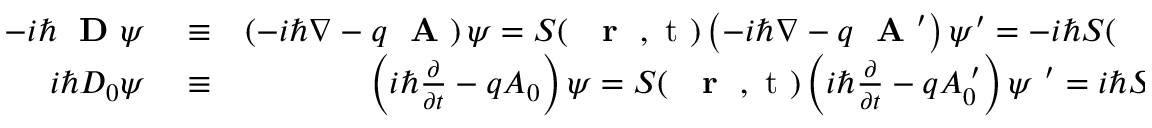
\begin{array} { r l r } { - i \hbar \mathrm { ~ \bf ~ D ~ } \psi } & { { } \equiv } & { \left( - i \hbar \nabla - q \mathrm { ~ \bf ~ A ~ } \right) \psi = S ( \mathrm { ~ { ~ \bf ~ r ~ } ~ , ~ t ~ } ) \left( - i \hbar \nabla - q \mathrm { ~ \bf ~ A ~ } ^ { \prime } \right) \psi ^ { \prime } = - i \hbar S ( \mathrm { ~ { ~ \bf ~ r ~ } ~ , ~ t ~ } ) \mathrm { ~ \bf ~ D ~ } ^ { \prime } \psi ^ { \prime } \; , } \\ { i \hbar D _ { 0 } \psi } & { { } \equiv } & { \left( i \hbar \frac { \partial } { \partial t } - q A _ { 0 } \right) \psi = S ( \mathrm { ~ { ~ \bf ~ r ~ } ~ , ~ t ~ } ) \left( i \hbar \frac { \partial } { \partial t } - q A _ { 0 } ^ { \; \prime } \right) \psi \ ^ { \prime } = i \hbar S ( \mathrm { ~ { ~ \bf ~ r ~ } ~ , ~ t ~ } ) D _ { 0 } ^ { \; \prime } \psi ^ { \prime } } \end{array}